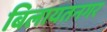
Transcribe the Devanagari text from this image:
बिलायतनगर